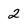
Character: 2